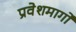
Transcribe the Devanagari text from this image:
प्रवेशमार्गों